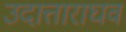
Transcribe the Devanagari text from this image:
उदात्ताराघव